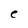
Character: e